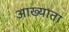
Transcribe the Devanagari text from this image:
आख्याता